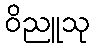
ဝိညူသု